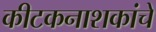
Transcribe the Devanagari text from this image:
कीटकनाशकांचे